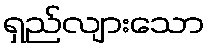
ရှည်လျားသော